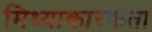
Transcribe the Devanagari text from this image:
मिथ्याकारकता